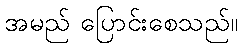
အမည် ပြောင်းစေသည်။